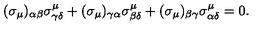
( \sigma _ { \mu } ) _ { \alpha \beta } \sigma _ { \gamma \delta } ^ { \mu } + ( \sigma _ { \mu } ) _ { \gamma \alpha } \sigma _ { \beta \delta } ^ { \mu } + ( \sigma _ { \mu } ) _ { \beta \gamma } \sigma _ { \alpha \delta } ^ { \mu } = 0 .